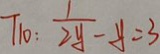
T _ { 1 0 } : \frac { 1 } { 2 y } - y = 3